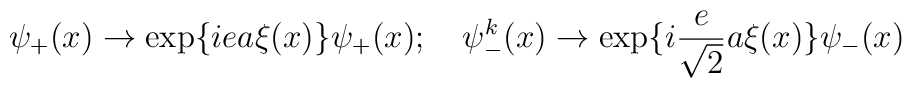
\psi_+(x) \rightarrow \exp \{iea \xi (x) \} \psi_+(x); \quad \psi_-^k(x)\rightarrow \exp \{i \frac{e}{\sqrt{2}}a \xi (x) \} \psi_-(x)